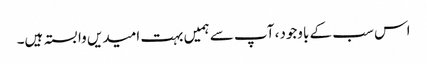
اس سب کے باوجود، آپ سے ہمیں بہت امیدیں وابستہ ہیں۔